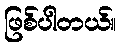
ဖြစ်ပါတယ်။